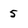
Character: 5